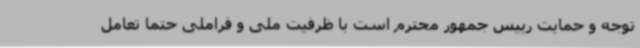
توجه و حمایت رییس جمهور محترم است با ظرفیت ملی و فراملی حتما تعامل